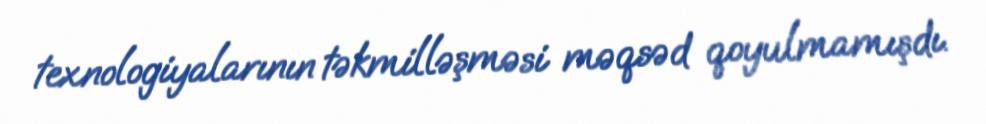
texnologiyalarının təkmilləşməsi məqsəd qoyulmamışdı.